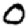
Digit: 0